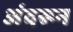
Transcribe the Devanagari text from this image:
अंदरून